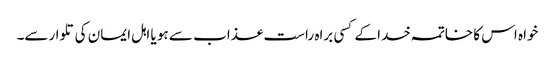
خواہ اس کا خاتمہ خدا کے کسی براہ راست عذاب سے ہو یا اہل ایمان کی تلوارسے۔